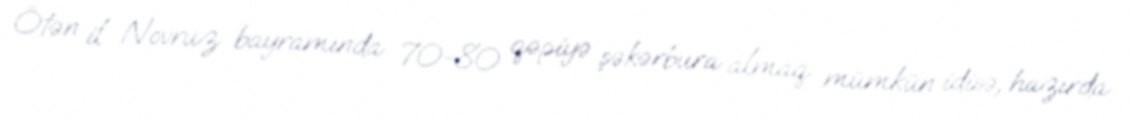
Ötən il Novruz bayramında 70-80 qəpiyə şəkərbura almaq mümkün idisə, hazırda